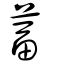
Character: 葍